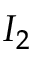
I _ { 2 }